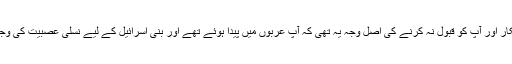
گویا بنی اسرائیل کی طرف سے خواہ وہ یہودی ہوں یا عیسائی، آنحضرتؐ کے انکار اور آپؐ کو قبول نہ کرنے کی اصل وجہ یہ تھی کہ آپؐ عربوں میں پیدا ہوئے تھے اور بنی اسرائیل کے لیے نسلی عصبیت کی وجہ سے عربوں میں پیدا ہونے والے نبی آخر الزمان کو قبول کرنا مشکل ہوگیا تھا۔